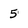
Character: 5